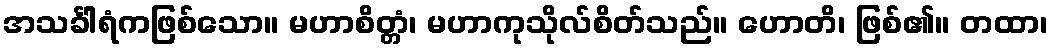
အသင်္ခါရံကဖြစ်သော။ မဟာစိတ္တံ၊ မဟာကုသိုလ်စိတ်သည်။ ဟောတိ၊ ဖြစ်၏။ တထာ၊